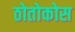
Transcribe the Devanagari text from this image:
ठोतोकोस